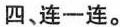
四、连一连。